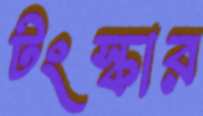
টংস্কার